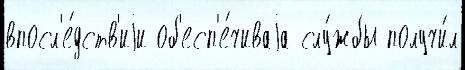
впосл'е́дств'иjи об'есп'е́чиваjа слу́жбы получи́л